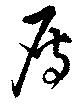
鴈